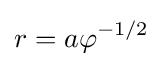
r=a\varphi ^{-1/2}